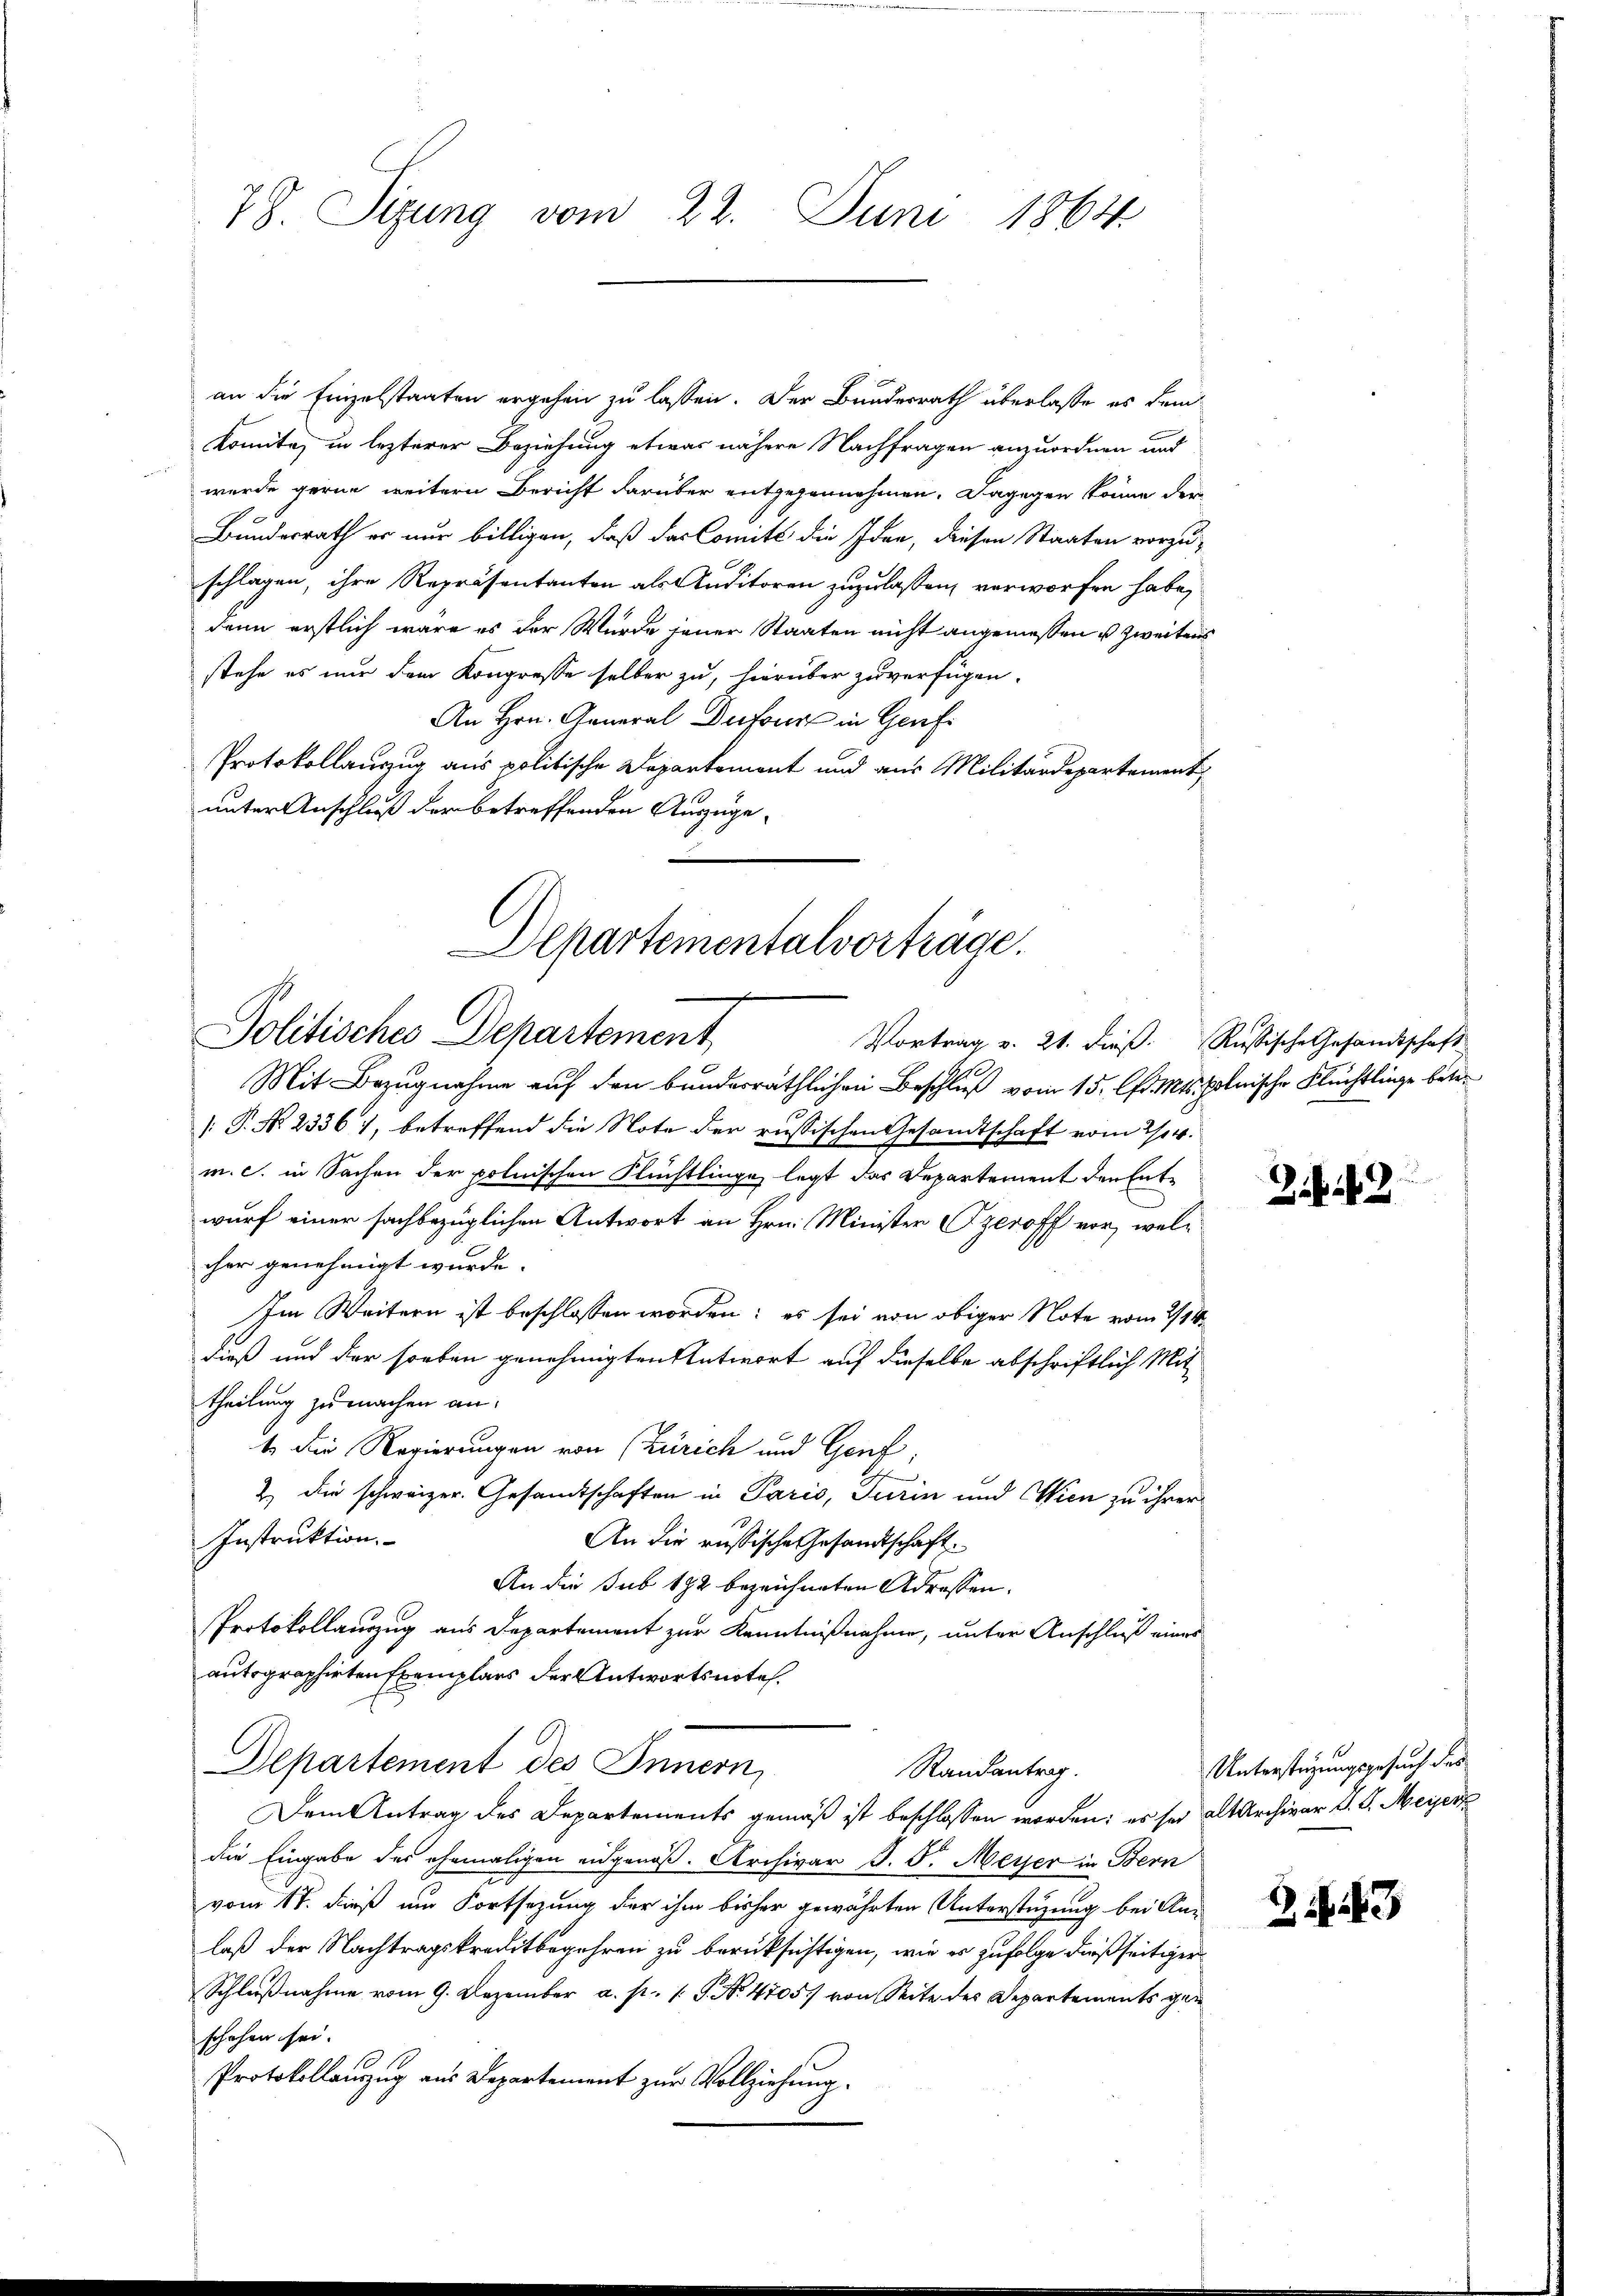
78. Sizung vom 22. Juni 1864

an die Einzelstaaten ergehen zu lassen. Der Bundesrath überlasse es dem
konnte, in lezterer Beziehung etwas nähere Nachfragen anzuordnen und
wurde gerne weitern Bericht darüber entgegannehmen. Dagegen könne der
Bundesrath er nur billigen, daß das Comité die Idee, diesen Staaten vorzuschlagen, ihre Repräsentanten als Auditoren zuzulassen, verworfen habe,
dann erstlich wäre es der Wurde jener Staaten nicht angemessen u zweitens
stehe es nur dem Kongresse selber zu, hierüber zuverfügen.
An Hrn. General Dufour in Genf
Protokollauszug aus politische Departemont und aus Militärdepartement
unter Anschluß der betreffenden Auszuge¬

Departementalvorträge.
Politisches Departement
Vortrag v. 21. dieß. Russische Gesandtschaft

Mit Bezugnahme auf den bunderräthlichen Beschluß vom 15. Chr. Mts. polnische Flüchtlinge betre
[: P. No. 23361, betreffend die Note der russischen Gesandtschaft vom 2/04.
m. c. in Sachen der polnischen Flüchtlinge legt das Departement den Entwurf einer sachbezüglichen Antwort an Hrn. Minister zeroff vor, welcher genehmigt wurde.
Im Weitern ist beschlossen worden; es sei von obiger Note vom 2/14.
dieß und der soeben genehmigten Antwort auf dieselbe abschriftlich Mittheilung zu machen an.
t. Die Regierungen von (Zürich und Genf,
2.) Die schweizer. Gesandtschaften in Paris, Turin und Wien zu ihrer
Instruktion.
An die russische Gesandtschaft
An die sub 182 bezeichneten Adressen.
Protokollauszug aus Departement zur Kenntnißnahme, unter Anschluß eines
autographirten Exemplars der Antwortsnote.
Departement des Innern,
Randantrag.
Dem Antrag des Departements gemäß ist beschlossen worden; es sei alt Archivar d. G. Meiserk
die Eingabe des ehemaligen eidgenöß. Archivar J. J. Meyer in Bern
vom 17. dieß um Fortsezung der ihm bisher gewährten Unterstüzung bei An-
laß der Nachtragskreditbegehren zu berücksichtigen, wie es zufolge dießseitiger
Schlußnahme vom 9. Dezember a. p. 1 S. No. 4705) von Seite des Departements gen
schehen sei.
Protokollauszug aus Departement zur Vollziehung.

Zif. 12

Unterstützungsgesuch des

33